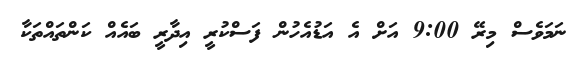
ނަމަވެސް މިރޭ 9:00 އަށް އެ އަޑުއެހުން ފަސްކުރީ އިދާރީ ބައެއް ކަންތައްތަކާ